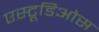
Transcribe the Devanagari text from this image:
एस्टूडिओस